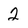
Character: 2